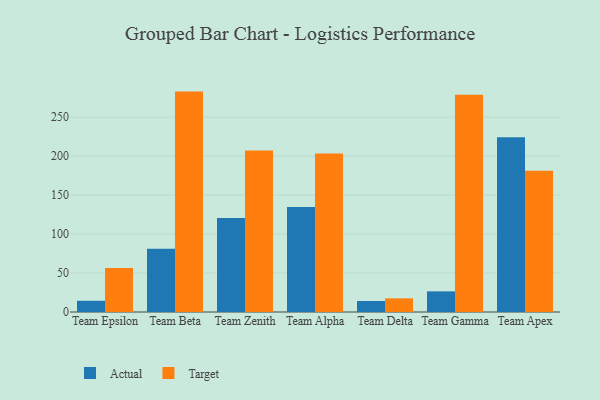
{"axis": {"x": "Team", "y": "Churn Rate (%)"}, "legend": ["Actual", "Target"], "data": [{"x": "Team Epsilon", "y": 14.4, "type": "Actual"}, {"x": "Team Epsilon", "y": 56.6, "type": "Target"}, {"x": "Team Beta", "y": 81.1, "type": "Actual"}, {"x": "Team Beta", "y": 282.9, "type": "Target"}, {"x": "Team Zenith", "y": 120.5, "type": "Actual"}, {"x": "Team Zenith", "y": 207.2, "type": "Target"}, {"x": "Team Alpha", "y": 134.9, "type": "Actual"}, {"x": "Team Alpha", "y": 203.5, "type": "Target"}, {"x": "Team Delta", "y": 14.1, "type": "Actual"}, {"x": "Team Delta", "y": 17.5, "type": "Target"}, {"x": "Team Gamma", "y": 26.5, "type": "Actual"}, {"x": "Team Gamma", "y": 279.0, "type": "Target"}, {"x": "Team Apex", "y": 224.2, "type": "Actual"}, {"x": "Team Apex", "y": 181.4, "type": "Target"}]}